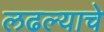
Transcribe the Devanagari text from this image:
लढल्याचे